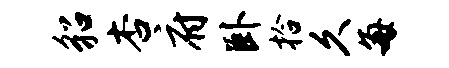
貂杏府卧拾久每